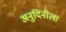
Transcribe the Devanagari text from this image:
अनुदिनीला